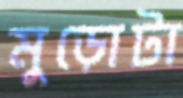
মুড়োটা